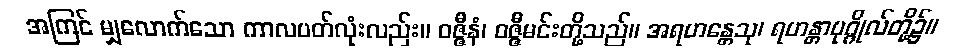
အကြင် မျှလောက်သော ကာလပတ်လုံးလည်း။ ဝဇ္ဇီနံ၊ ဝဇ္ဇီမင်းတို့သည်။ အရဟန္တေသု၊ ရဟန္တာပုဂ္ဂိုလ်တို့၌။